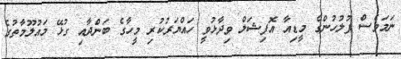
ނަމަވެސް ފުލުހުންގެ މީޑިއާ އޮފިޝަލް ވިދާޅުވީ ހައްޔަރުކުރި މީހާގެ ބަންދާއި ގުޅޭ މައުލޫމާތުގެ